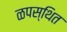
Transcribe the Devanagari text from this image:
ळपस्थित